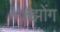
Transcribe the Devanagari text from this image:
जेझोंग